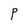
Character: P